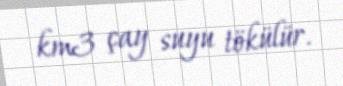
km3 çay suyu tökülür.